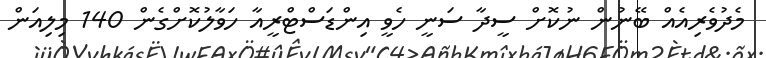
މެދުވެރިއެއް ބޭނުން ނުކޮށް ސީދާ ސަނީ ހެވީ އިންޑަސްޓްރީއާ ހަވާލުކޮށްގެން 140 މިލިއަން